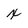
Character: x